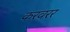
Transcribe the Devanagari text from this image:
करवरर